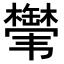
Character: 𬰸